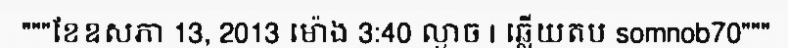
"""ខែឧសភា 13, 2013 ម៉ោង 3:40 ល្ងាច | ឆ្លើយតប somnob70"""